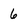
Character: 6